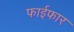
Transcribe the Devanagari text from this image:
फाईफार